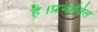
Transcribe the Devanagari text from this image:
है।प्रभावित